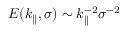
E ( k _ { \parallel } , \sigma ) \sim k _ { \parallel } ^ { - 2 } \sigma ^ { - 2 }